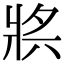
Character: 𤕶